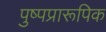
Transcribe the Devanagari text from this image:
पुष्पप्रारूपिक